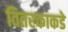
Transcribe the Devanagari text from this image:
वितरकाकडे